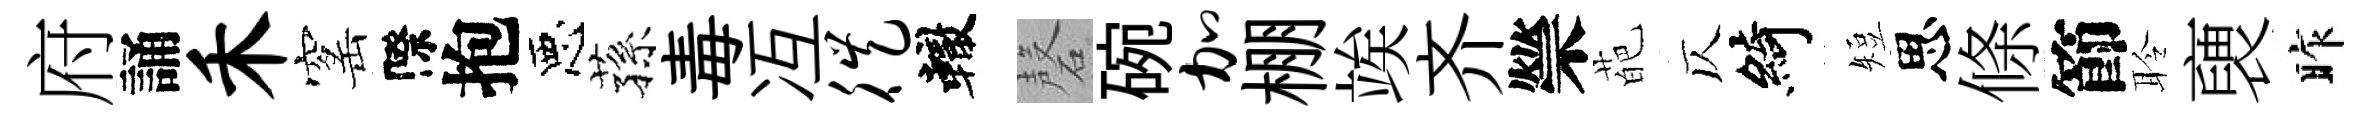
府誦禾窰際抱惡蓀毒冱徙轍磬碗加棚竢齐禜葩仄綺短思條節聆褏昨